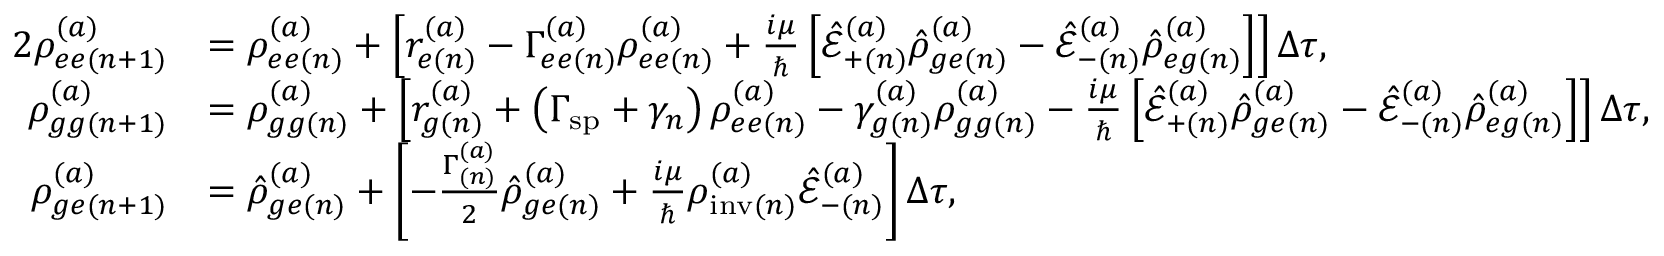
\begin{array} { r l } { { 2 } \rho _ { e e ( n + 1 ) } ^ { ( a ) } } & { = \rho _ { e e ( n ) } ^ { ( a ) } + \left[ r _ { e ( n ) } ^ { ( a ) } - \Gamma _ { e e ( n ) } ^ { ( a ) } \rho _ { e e ( n ) } ^ { ( a ) } + \frac { i \mu } { \hbar } \left[ \hat { \mathcal { E } } _ { + ( n ) } ^ { ( a ) } \hat { \rho } _ { g e ( n ) } ^ { ( a ) } - \hat { \mathcal { E } } _ { - ( n ) } ^ { ( a ) } \hat { \rho } _ { e g ( n ) } ^ { ( a ) } \right] \right] \Delta \tau , } \\ { \rho _ { g g ( n + 1 ) } ^ { ( a ) } } & { = \rho _ { g g ( n ) } ^ { ( a ) } + \left[ r _ { g ( n ) } ^ { ( a ) } + \left( \Gamma _ { \mathrm { s p } } + \gamma _ { n } \right) \rho _ { e e ( n ) } ^ { ( a ) } - \gamma _ { g ( n ) } ^ { ( a ) } \rho _ { g g ( n ) } ^ { ( a ) } - \frac { i \mu } { \hbar } \left[ \hat { \mathcal { E } } _ { + ( n ) } ^ { ( a ) } \hat { \rho } _ { g e ( n ) } ^ { ( a ) } - \hat { \mathcal { E } } _ { - ( n ) } ^ { ( a ) } \hat { \rho } _ { e g ( n ) } ^ { ( a ) } \right] \right] \Delta \tau , } \\ { { \rho } _ { g e ( n + 1 ) } ^ { ( a ) } } & { = \hat { \rho } _ { g e ( n ) } ^ { ( a ) } + \left[ - \frac { \Gamma _ { ( n ) } ^ { ( a ) } } { 2 } \hat { \rho } _ { g e ( n ) } ^ { ( a ) } + \frac { i \mu } { \hbar } \rho _ { \mathrm { i n v } ( n ) } ^ { ( a ) } \hat { \mathcal { E } } _ { - ( n ) } ^ { ( a ) } \right] \Delta \tau , } \end{array}